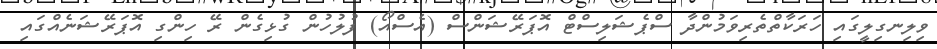
ވިލިނގިލީގައި ހަރަކާތްތެރިވަމުންދާ ސްޕެޝަލިސްޓް އޮޕަރޭޝަންސް (އެސްއޯ) ފުލުހުން ގުޅިގެން ރޭ ހިންގި އޮޕަރޭޝަނެއްގައި